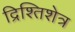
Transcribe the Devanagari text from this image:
द्रिश्तिशेत्र